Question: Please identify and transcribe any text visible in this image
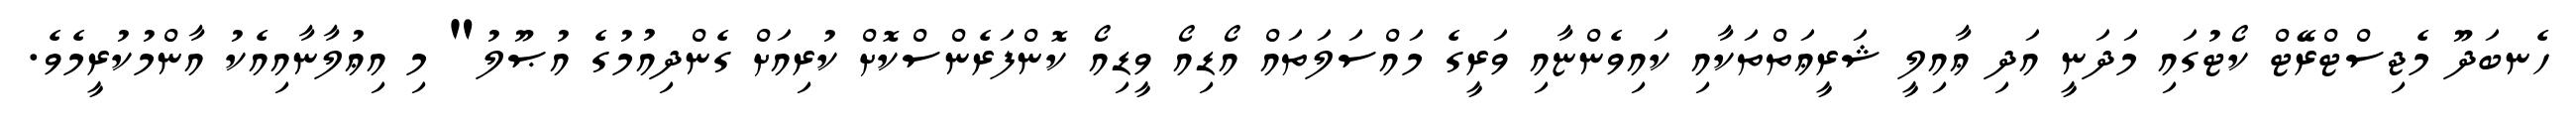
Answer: ހެނބަދޫ މެޖިސްޓްރޭޓް ކޯޓުގައި މަދަނީ އަދި ޢާއިލީ ޝަރީޢަތްތަކާއި ކައިވެންޏާއި ވަރީގެ މައްސަލަތައް އޯޑިއޯ ވީޑިއޯ ކޮންފަރެންސްކޮށް ކުރިއަށް ގެންދިއުމުގެ އުޞޫލު" މި އިޢުލާނާއިއެކު އާންމުކުރީމެވެ.